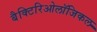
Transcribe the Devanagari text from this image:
बैक्टिरिओलॉजिकल